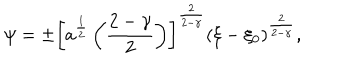
\psi = \pm \left[ a ^ { \frac { 1 } { 2 } } \left( { \frac { 2 - \gamma } { 2 } } \right) \right] ^ { \frac { 2 } { 2 - \gamma } } ( \xi - \xi _ { 0 } ) ^ { \frac { 2 } { 2 - \gamma } } ,